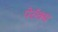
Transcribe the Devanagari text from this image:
पेरॉक्स